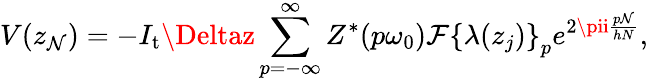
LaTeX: V(z_{\mathcal{N}})=-I_{\mathrm{{t}}}\Deltaz\sum_{p=-\infty}^{\infty}Z^{\ast}(p\omega_{0})\mathcal{{F}}\left\{ \lambda(z_{j})\right\} _{p}e^{2\pii\frac{{p\mathcal{N}}}{{hN}}},